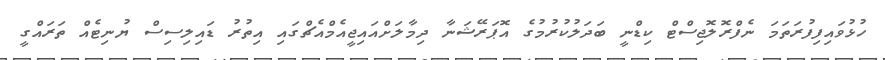
ހުޅުވައިފިފުރަތަމަ ނެފްރޮލޮޖިސްޓް ކިޑްނީ ބަދަލުކުރުމުގެ އޮޕަރޭޝަނާ ދިމާލަށްއައިޖީއެމްއެޗްގައި އިތުރު ޑައިލިސިސް ޔުނިޓެއް ތަރައްގީ